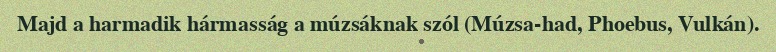
Majd a harmadik hármasság a múzsáknak szól (Múzsa-had, Phoebus, Vulkán).